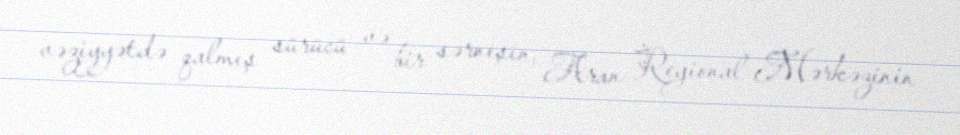
vəziyyətdə qalmış sürücü və bir sərnişin, Aran Regional Mərkəzinin